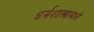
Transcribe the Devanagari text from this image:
धर्मशास्त्रामध्ये